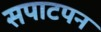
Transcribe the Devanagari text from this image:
सपाटपन